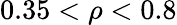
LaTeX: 0.35<\rho<0.8